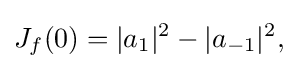
\displaystyle {J_{f}(0)=|a_{1}|^{2}-|a_{-1}|^{2},}